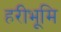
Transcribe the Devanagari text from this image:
हरीभूमि